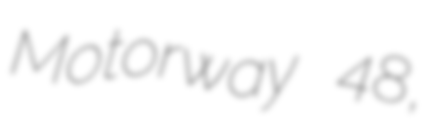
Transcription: Motorway 48,